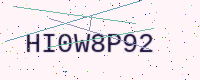
Text: HI0W8P92